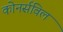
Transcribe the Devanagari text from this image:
कोनर्सविल